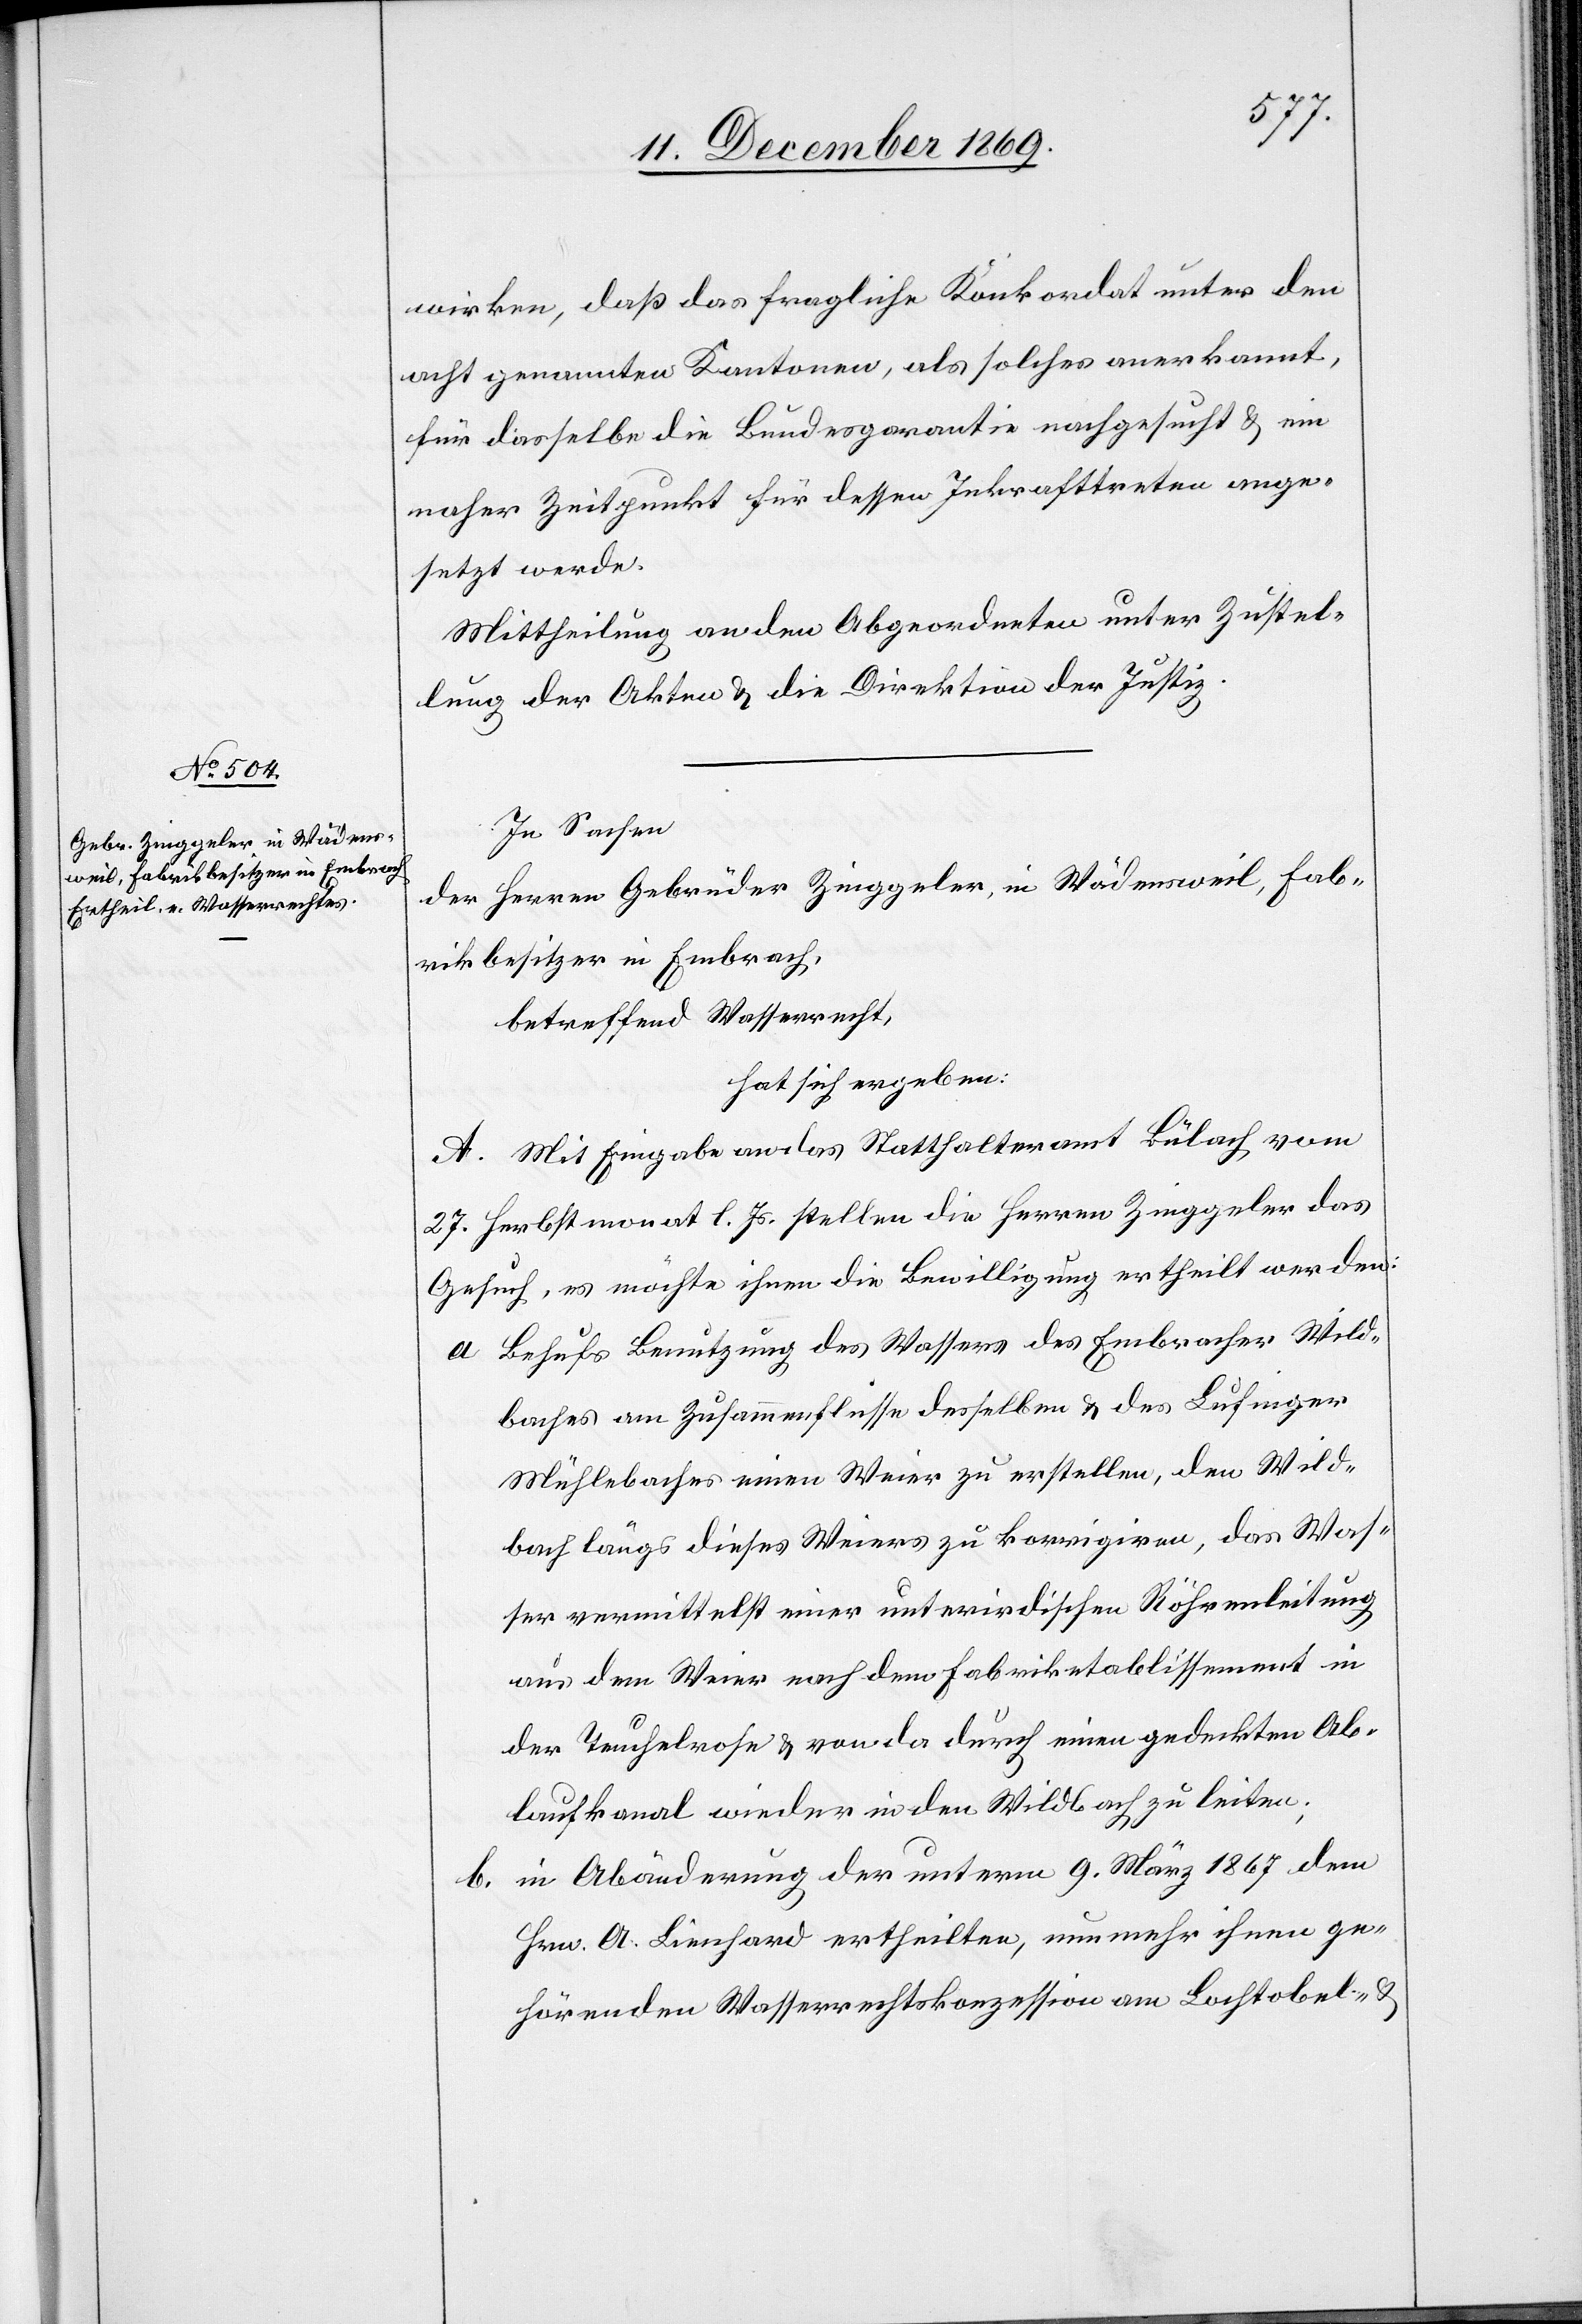
wirken, daß das fragliche Konkordat unter den
acht genannten Kantonen, als solches anerkannt,
für dasselbe die Bundesgarantie nachgesucht & ein
naher Zeitpunkt für dessen Inkrafttreten ange¬
setzt werde.
Mittheilung an den Abgeordneten unter Zustel¬
lung der Akten & die Direktion der Justiz.
In Sachen
der Herren Gebrüder Zinggeler, in Wädensweil, Fab¬
rikbesitzer in Embrach,
betreffend Wasserrecht,
hat sich ergeben:
A. Mit Eingabe an das Statthalteramt Bülach vom
27. Herbstmonat l. Js. stellen die Herren Zinggeler das
Gesuch, es möchte ihnen die Bewilligung ertheilt werden:
Behufs Benutzung des Wassers des Embracher Wild¬
baches am Zusammenflusse desselben & des Lufinger
Mühlebaches einen Weier zu erstellen, den Wild¬
bach längs dieses Weiers zu korrigiren, das Was¬
ser vermittelst einer unterirdischen Röhrenleitung
aus dem Weier nach dem Fabriketablissement in
der Teuchelrose & von da durch einen gedeckten Ab¬
laufkanal wieder in den Wildbach zu leiten;
in Abänderung der unterm 9. März 1867 dem
Hrn. A. Lienhard ertheilten, nunmehr ihnen ge¬
hörenden Wasserrechtskonzession am Lochtobel- &